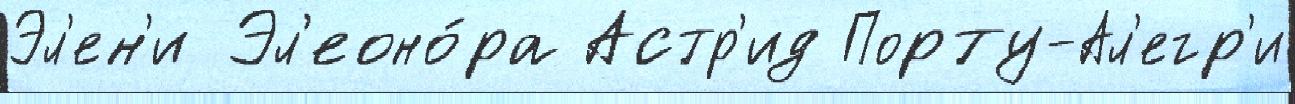
Эл'ен'и Эл'еоно́ра Астр'ид Порту-Ал'егр'и